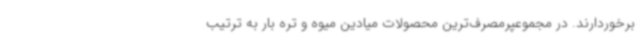
برخوردارند. در مجموعپرمصرف‌ترین محصولات میادین میوه و تره بار به ترتیب